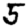
Digit: 5